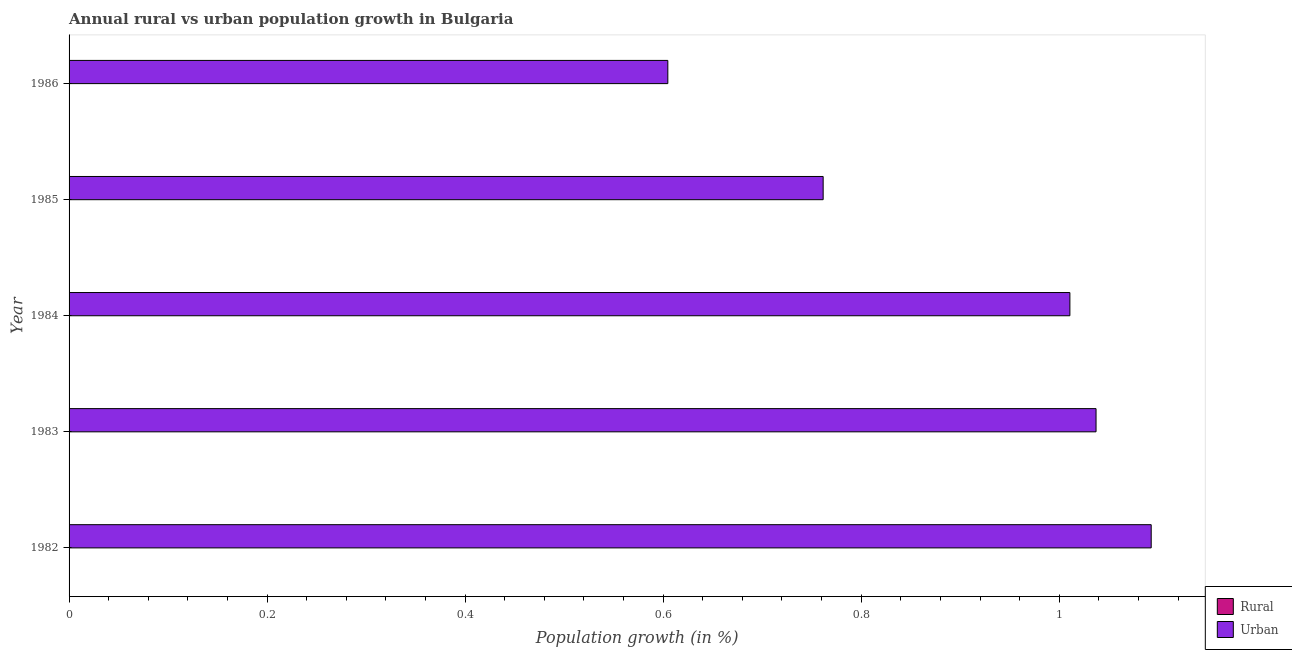
| Year | Rural | Urban  |
 | --- | --- | --- |
 | 1982 | -1.05 | 1.09 |
 | 1983 | -1.11 | 1.04 |
 | 1984 | -1.14 | 1.01 |
 | 1985 | -1.38 | 0.762 |
 | 1986 | -1.19 | 0.605 |